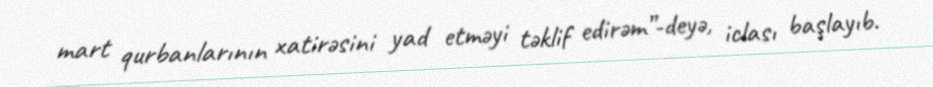
mart qurbanlarının xatirəsini yad etməyi təklif edirəm”-deyə, iclası başlayıb.